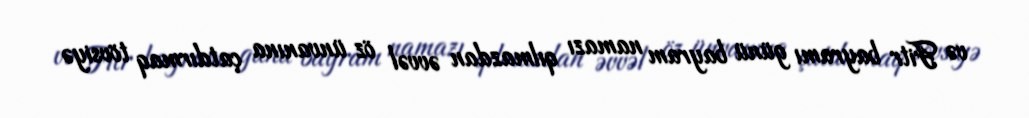
və Fitr bayramı günü bayram namazı qılmazdan əvvəl öz ünvanına çatdırmaq tövsiyə